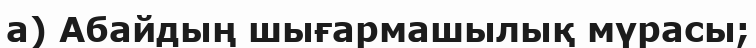
а) Абайдың шығармашылық мүрасы;